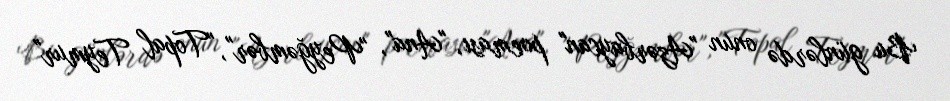
Bu günlərdə onun "Azərbaycan" poeması, "Ana", "Peyğəmbər", "Topal Teymur"